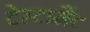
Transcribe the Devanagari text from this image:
टेस्टामैंट